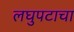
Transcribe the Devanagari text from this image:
लघुपटाचा